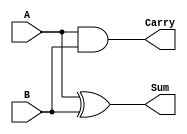
module HalfAdder (
    input wire A,      // First input bit
    input wire B,      // Second input bit
    output wire Sum,   // Sum output
    output wire Carry  // Carry output
);

    // Sum is the XOR of A and B
    assign Sum = A ^ B;

    // Carry is the AND of A and B
    assign Carry = A & B;

endmodule